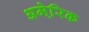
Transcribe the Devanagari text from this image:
अमेरि़क